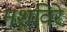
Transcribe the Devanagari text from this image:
मशविरे